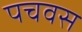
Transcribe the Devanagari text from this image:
पचवस